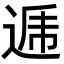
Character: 逓